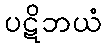
ပဋိဘယံ